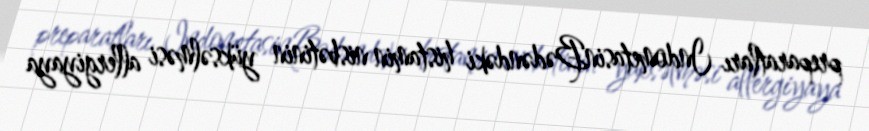
preparatları IndometasinBədəndəki histamin nisbətinin yüksəlməsi allergiyaya